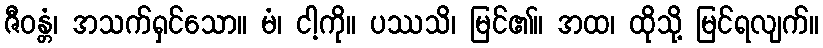
ဇီဝန္တံ၊ အသက်ရှင်သော။ မံ၊ ငါ့ကို။ ပဿသိ၊ မြင်၏။ အထ၊ ထိုသို့ မြင်ရလျက်။